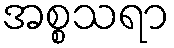
အစ္စသရာ